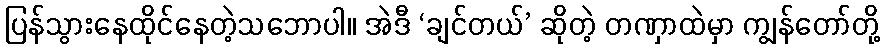
ပြန်သွားနေထိုင်နေတဲ့သဘောပါ။ အဲဒီ ‘ချင်တယ်’ ဆိုတဲ့ တဏှာထဲမှာ ကျွန်တော်တို့